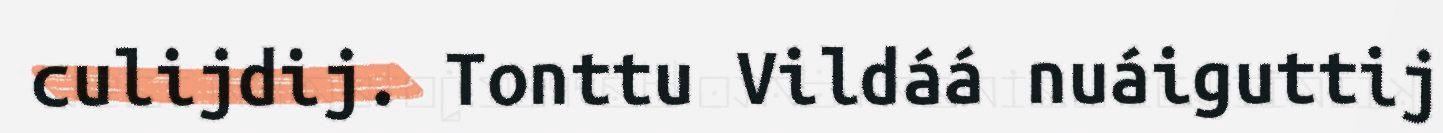
culijdij. Tonttu Vildáá nuáiguttij